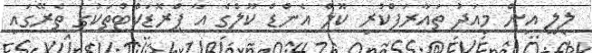
ލިލީ އިން މިއަދު ތައާރަފްކުރި ކޫލް އެންޑް ކޫލްގެ އާ ޕްރޮޑަކްޓްތަކުގެ ތެރޭގައި